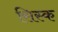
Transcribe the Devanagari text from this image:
सिस्क